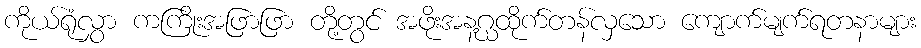
ကိုယ်ရုံလွှာ ကကြိုးအဖြာဖြာ တို့တွင် အဖိုးအနဂ္ဃထိုက်တန်လှသော ကျောက်မျက်ရတနာများ